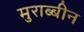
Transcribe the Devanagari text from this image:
मुराब्बीन